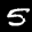
Label: 5